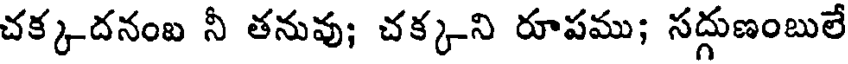
చక్కదనంబ నీ తనువు; చక్కని రూపము; సద్దుణంబులే